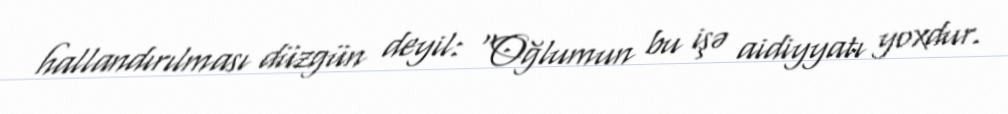
hallandırılması düzgün deyil: “Oğlumun bu işə aidiyyatı yoxdur.